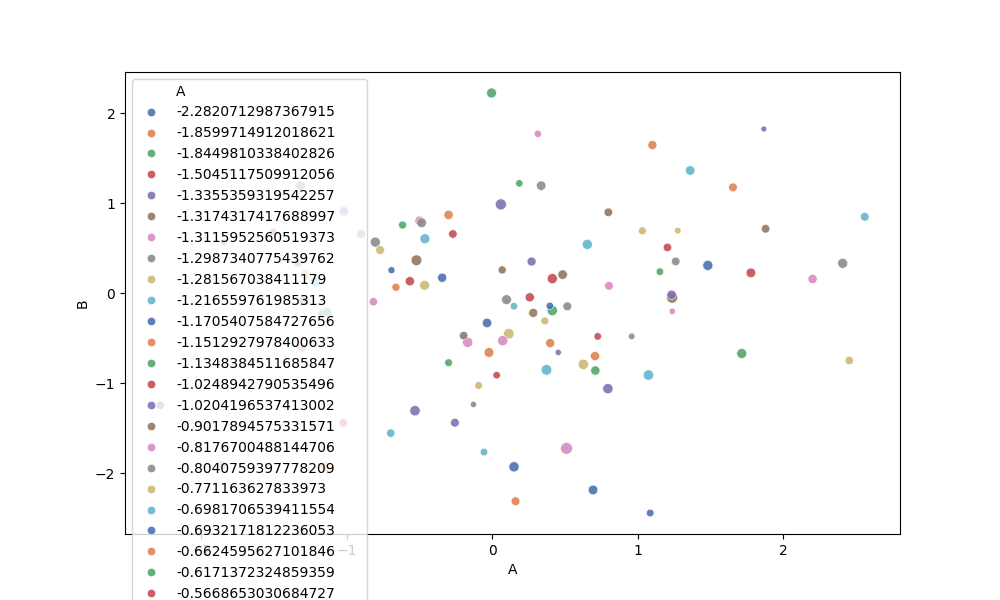
python, seaborn, scatterplot, hue='A', style='None', size='C', palette='deep', alpha=0.9